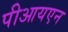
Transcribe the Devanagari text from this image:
पीआयएन